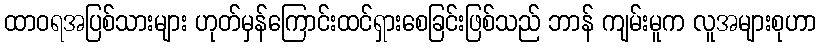
ထာဝရအပြစ်သားများ ဟုတ်မှန်ကြောင်းထင်ရှားစေခြင်းဖြစ်သည် ဘာန် ကျမ်းမူက လူအများစုဟာ